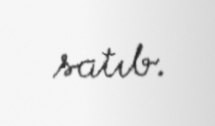
satıb.